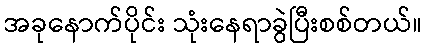
အခုနောက်ပိုင်း သုံးနေရာခွဲပြီးစစ်တယ်။